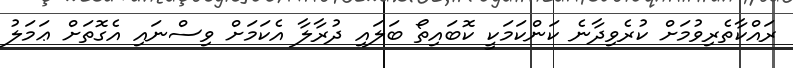
ރައްކާތެރިވުމަށް ކުރެވިދާނެ ކަންކަމަކީ ކޮބައިތޯ ބަލައި ދުރާލާ އެކަމަށް ވިސްނައި އެގޮތަށް ޢަމަލު